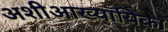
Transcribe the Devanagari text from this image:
अशीआख्यायिका